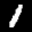
Label: 1